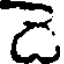
డె